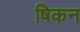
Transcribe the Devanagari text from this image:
षिकन